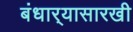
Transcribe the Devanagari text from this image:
बंधार्‍यासारखी